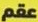
عقم